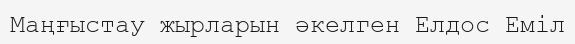
Маңғыстау жырларын әкелген Елдос Еміл